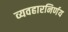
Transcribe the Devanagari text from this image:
व्यवहारनिर्णय